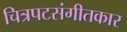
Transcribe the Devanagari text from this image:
चित्रपटसंगीतकार